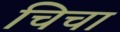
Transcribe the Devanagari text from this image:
चिचा